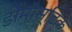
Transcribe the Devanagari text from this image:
डोमोस्टिक